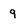
Character: 9